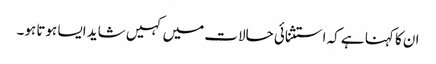
ان کا کہنا ہے کہ استثنائی حالات میں کہیں شاید ایسا ہوتا ہو۔